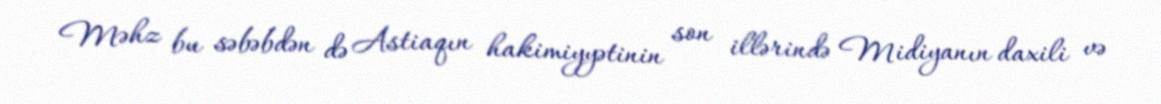
Məhz bu səbəbdən də Astiaqın hakimiyyətinin son illərində Midiyanın daxili və